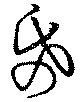
帋